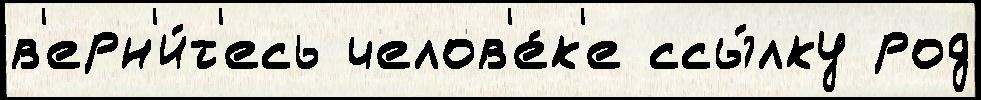
в'ерн'и́т'есь челов'е́к'е ссы́лку род